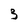
Character: 3